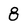
Character: 8